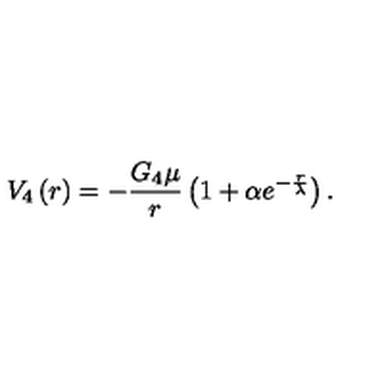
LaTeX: V _ { 4 } \left( r \right) = - \frac { G _ { 4 } \mu } { r } \left( 1 + \alpha e ^ { - \frac { r } { \lambda } } \right) .